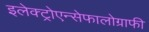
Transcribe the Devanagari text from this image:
इलेक्ट्रोएन्सेफालोग्राफी